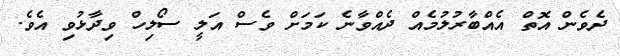
ދެވެން އޮތް އެއްބާރުލުމެއް ދެއްވާނެ ކަމަށް ވެސް އަލީ ސޯލިހް ވިދާޅުވި އެވެ.